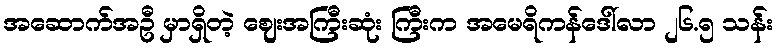
အဆောက်အဦ မှာရှိတဲ့ ဈေးအကြီးဆုံး ကြီးက အမေရိကန်ဒေါ်လာ ၂၆.၅ သန်း